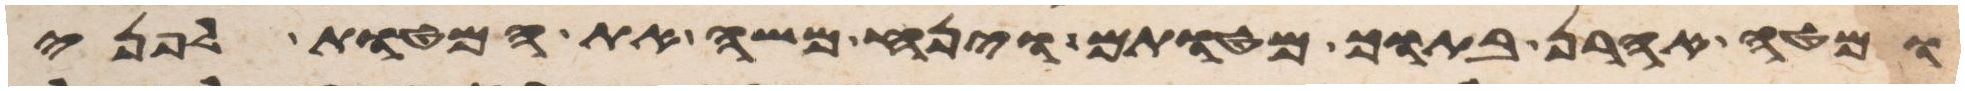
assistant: ומטה אהרן בתוך מטותם וינח משה את המטות לפני